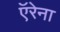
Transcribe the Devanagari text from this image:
ऍरेना